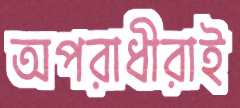
অপরাধীরাই